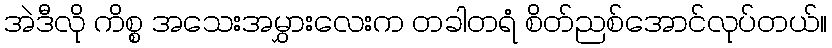
အဲဒီလို ကိစ္စ အသေးအမွှားလေးက တခါတရံ စိတ်ညစ်အောင်လုပ်တယ်။